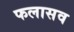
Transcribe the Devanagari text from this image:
फलासव